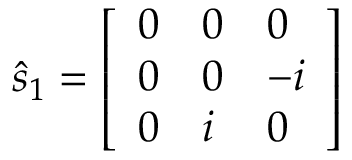
{ \hat { s } } _ { 1 } = { \left[ \begin{array} { l l l } { 0 } & { 0 } & { 0 } \\ { 0 } & { 0 } & { - i } \\ { 0 } & { i } & { 0 } \end{array} \right] }